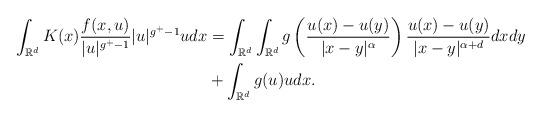
LaTeX: \begin{align*}\int_{\mathbb{R}^{d}}K(x)\frac{f(x,u)}{\vert u\vert ^{g^+-1}}\vert u\vert ^{g^+-1} udx&=\int_{\mathbb{R}^{d}}\int_{\mathbb{R}^{d}}g\left( \frac{u(x)-u(y)}{\vert x-y\vert^{\alpha}}\right)\frac{u(x)-u(y)}{\vert x-y\vert^{\alpha +d}}dxdy\\ &+\int_{\mathbb{R}^{d}}g(u)udx.\end{align*}